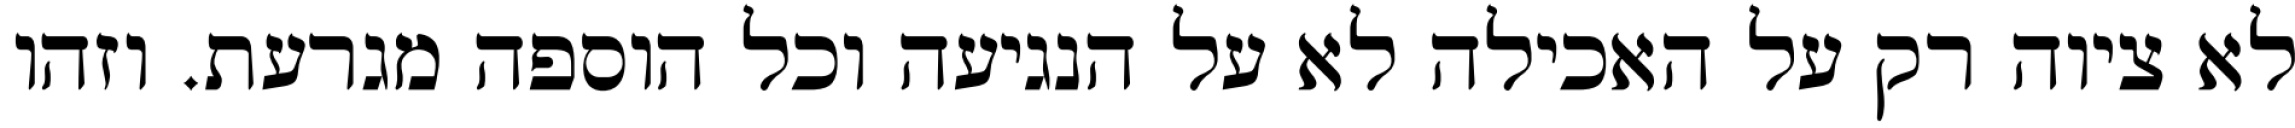
לא ציוה רק על האכילה לא על הנגיעה וכל הוספה מגרעת. וזהו